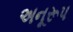
અનૂરૂપ